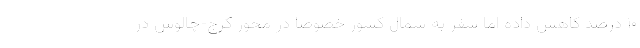
۱۰ درصد کاهش داده اما سفر به شمال کشور خصوصا در محور کرج-چالوس در